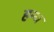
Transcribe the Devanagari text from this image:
हन्व